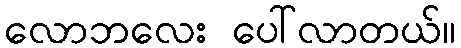
လောဘလေး ပေါ်လာတယ်။